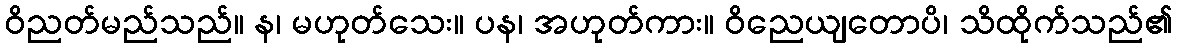
ဝိညတ်မည်သည်။ န၊ မဟုတ်သေး။ ပန၊ အဟုတ်ကား။ ဝိညေယျတောပိ၊ သိထိုက်သည်၏